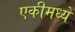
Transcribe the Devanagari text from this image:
एकीमध्ये